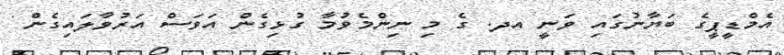
އެމްޑީޕީގެ ބަޔާނުގައި ވަނީ އދ. ގެ މި ނިންމެވުމާ ގުޅިގެން އަވަސް އަރުވާލައިގެން